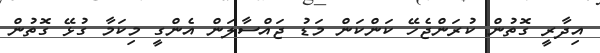
އިދާރީ ގޮތުން ކުރަންޖެހޭ ކަންކަން މަޑު ޖައްސާލަން އެންގީ މިކަމާ ގުޅޭ ގޮތުން